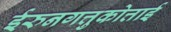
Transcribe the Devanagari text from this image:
ईरुनगत्तुकोत्ताई